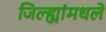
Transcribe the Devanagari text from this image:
जिल्ह्यांमधले